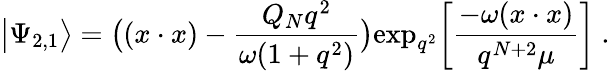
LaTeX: \big|\Psi_{2,1}\big>=\big((x\cdot x)-{\frac{Q_{N}q^{2}}{\omega(1+q^{2})}}\big)\mathrm{exp}_{q^{2}}\bigg[{\frac{-\omega(x\cdot x)}{q^{N+2}\mu}}\bigg]\ .